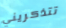
تتذكريني